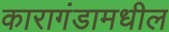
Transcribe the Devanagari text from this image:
कारागंडामधील